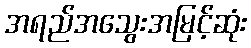
အရည်အသွေးအမြင့်ဆုံး